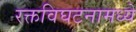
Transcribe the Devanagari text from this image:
रक्तविघटनामध्ये